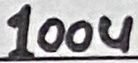
Text: 100u